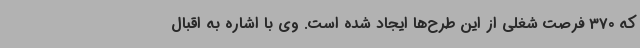
که 370 فرصت شغلی از این طرح‌ها ایجاد شده است. وی با اشاره به اقبال